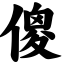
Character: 傻